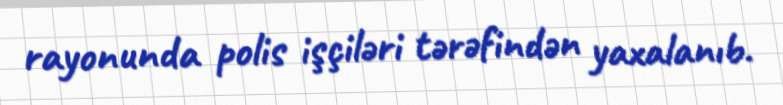
rayonunda polis işçiləri tərəfindən yaxalanıb.